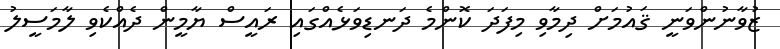
ޒުވާނުންވަނީ ޤައުމަށް ދިމާވި މިފަދަ ކޮންމެ ދަނޑިވަޅެއްގައި ރައީސް ޔާމީން ދެއްކެވި ލާމަސީލު